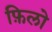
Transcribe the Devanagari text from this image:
फ़िलो